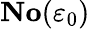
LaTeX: \mathbf{No}(\varepsilon_{0})